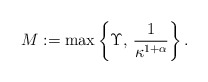
\begin{align*}M := \max\left\{\Upsilon,\, \frac{1}{\kappa^{1+\alpha}}\right\}.\end{align*}